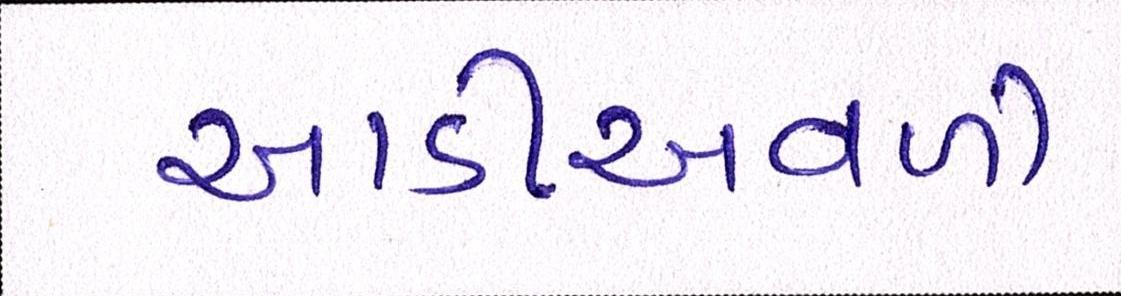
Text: આડીઅવળી